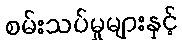
စမ်းသပ်မှုများနှင့်